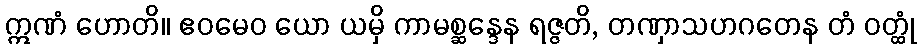
ဣဏံ ဟောတိ။ ဧဝမေဝ ယော ယမှိ ကာမစ္ဆန္ဒေန ရဇ္ဇတိ, တဏှာသဟဂတေန တံ ဝတ္ထုံ